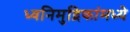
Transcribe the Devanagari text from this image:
ध्वनिमुद्रिकांमध्ये